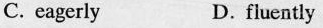
C. eagerly D. fluently